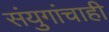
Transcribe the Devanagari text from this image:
संयुगांचाही